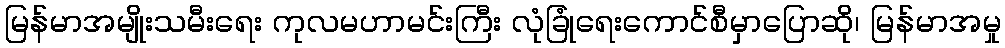
မြန်မာအမျိုးသမီးရေး ကုလမဟာမင်းကြီး လုံခြုံရေးကောင်စီမှာပြောဆို၊ မြန်မာအမှု